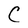
Character: C